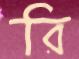
রি